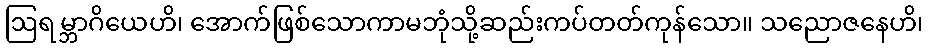
ဩရမ္ဘာဂိယေဟိ၊ အောက်ဖြစ်သောကာမဘုံသို့ဆည်းကပ်တတ်ကုန်သော။ သညောဇနေဟိ၊